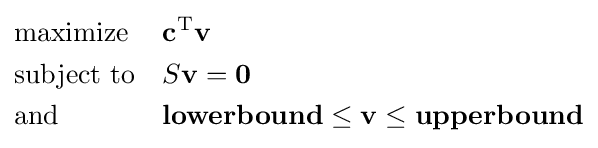
{\begin{aligned}&{\text{maximize}}&&\mathbf {c} ^{\mathrm {T} }\mathbf {v} \\&{\text{subject to}}&&S\mathbf {v} =\mathbf {0} \\&{\text{and}}&&\mathbf {lowerbound} \leq \mathbf {v} \leq \mathbf {upperbound} \end{aligned}}